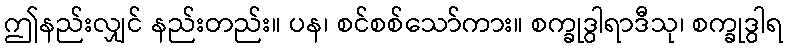
ဤနည်းလျှင် နည်းတည်း။ ပန၊ စင်စစ်သော်ကား။ စက္ခုဒွါရာဒီသု၊ စက္ခုဒွါရ